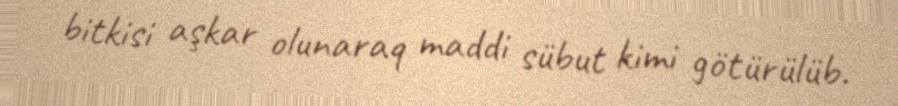
bitkisi aşkar olunaraq maddi sübut kimi götürülüb.